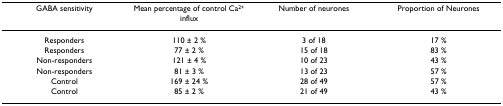
<table><thead><tr><td><b>GABA sensitivity</b></td><td><b>Mean percentage of control Ca<sup>2+ </sup>influx</b></td><td><b>Number of neurones</b></td><td><b>Proportion of Neurones</b></td></tr></thead><tbody><tr><td>Responders</td><td>110 ± 2 %</td><td>3 of 18</td><td>17 %</td></tr><tr><td>Responders</td><td>77 ± 2 %</td><td>15 of 18</td><td>83 %</td></tr><tr><td>Non-responders</td><td>121 ± 4 %</td><td>10 of 23</td><td>43 %</td></tr><tr><td>Non-responders</td><td>81 ± 3 %</td><td>13 of 23</td><td>57 %</td></tr><tr><td>Control</td><td>169 ± 24 %</td><td>28 of 49</td><td>57 %</td></tr><tr><td>Control</td><td>85 ± 2 %</td><td>21 of 49</td><td>43 %</td></tr></tbody></table>